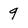
Character: 9